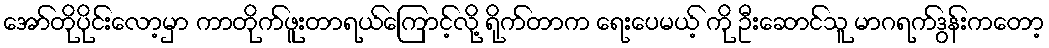
အော်တိုပိုင်းလော့မှာ ကာတိုက်ဖူးတာရယ်ကြောင့်လို့ ရိုက်တာက ရေးပေမယ့် ကို ဦးဆောင်သူ မာဂရက်ဒွန်းကတော့